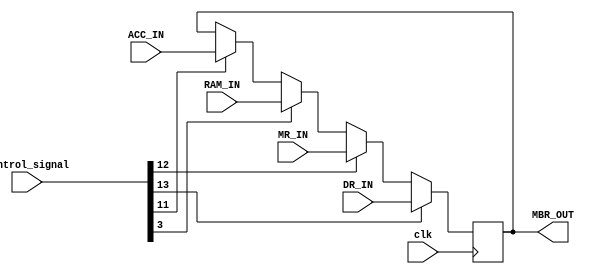
`timescale 1ns / 1ps
//////////////////////////////////////////////////////////////////////////////////
// Company: 
// Engineer: 
// 
// Design Name: 
// Module Name: MBR
// Project Name: 
// Target Devices: 
// Tool Versions: 
// Description: 
// 
// Dependencies: 
// 
// Revision:
// Revision 0.01 - File Created
// Additional Comments:
// 
//////////////////////////////////////////////////////////////////////////////////


module MBR(
    input clk,
    input [31:0] control_signal,
    input [15:0] ACC_IN,
    input [15:0] RAM_IN,
    input [15:0] MR_IN,
    input [15:0] DR_IN,
    output [15:0] MBR_OUT
    );

reg [15:0]MBR_reg_in = 0;

always@(posedge clk)
    begin
        if(control_signal[11] == 1)
            MBR_reg_in <= ACC_IN;
        if(control_signal[3] == 1)
            MBR_reg_in <= RAM_IN;
        if(control_signal[12] == 1)
            MBR_reg_in <= MR_IN;
        if(control_signal[13] == 1)
            MBR_reg_in <= DR_IN;
    end
assign MBR_OUT = MBR_reg_in;
endmodule